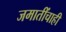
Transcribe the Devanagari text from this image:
जमातींचाही